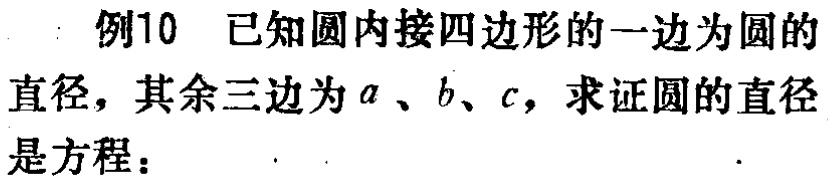
例10 已知圆内接四边形的一边为圆的直径，其余三边为\(a\)、\(b\)、\(c\)，求证圆的直径是方程：